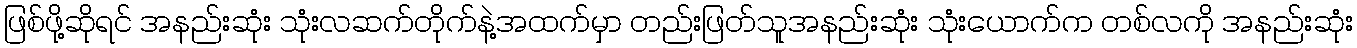
ဖြစ်ဖို့ဆိုရင် အနည်းဆုံး သုံးလဆက်တိုက်နဲ့အထက်မှာ တည်းဖြတ်သူအနည်းဆုံး သုံးယောက်က တစ်လကို အနည်းဆုံး